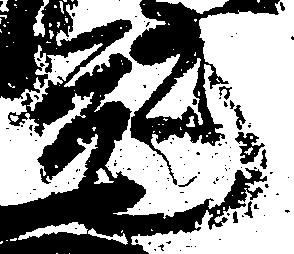
元